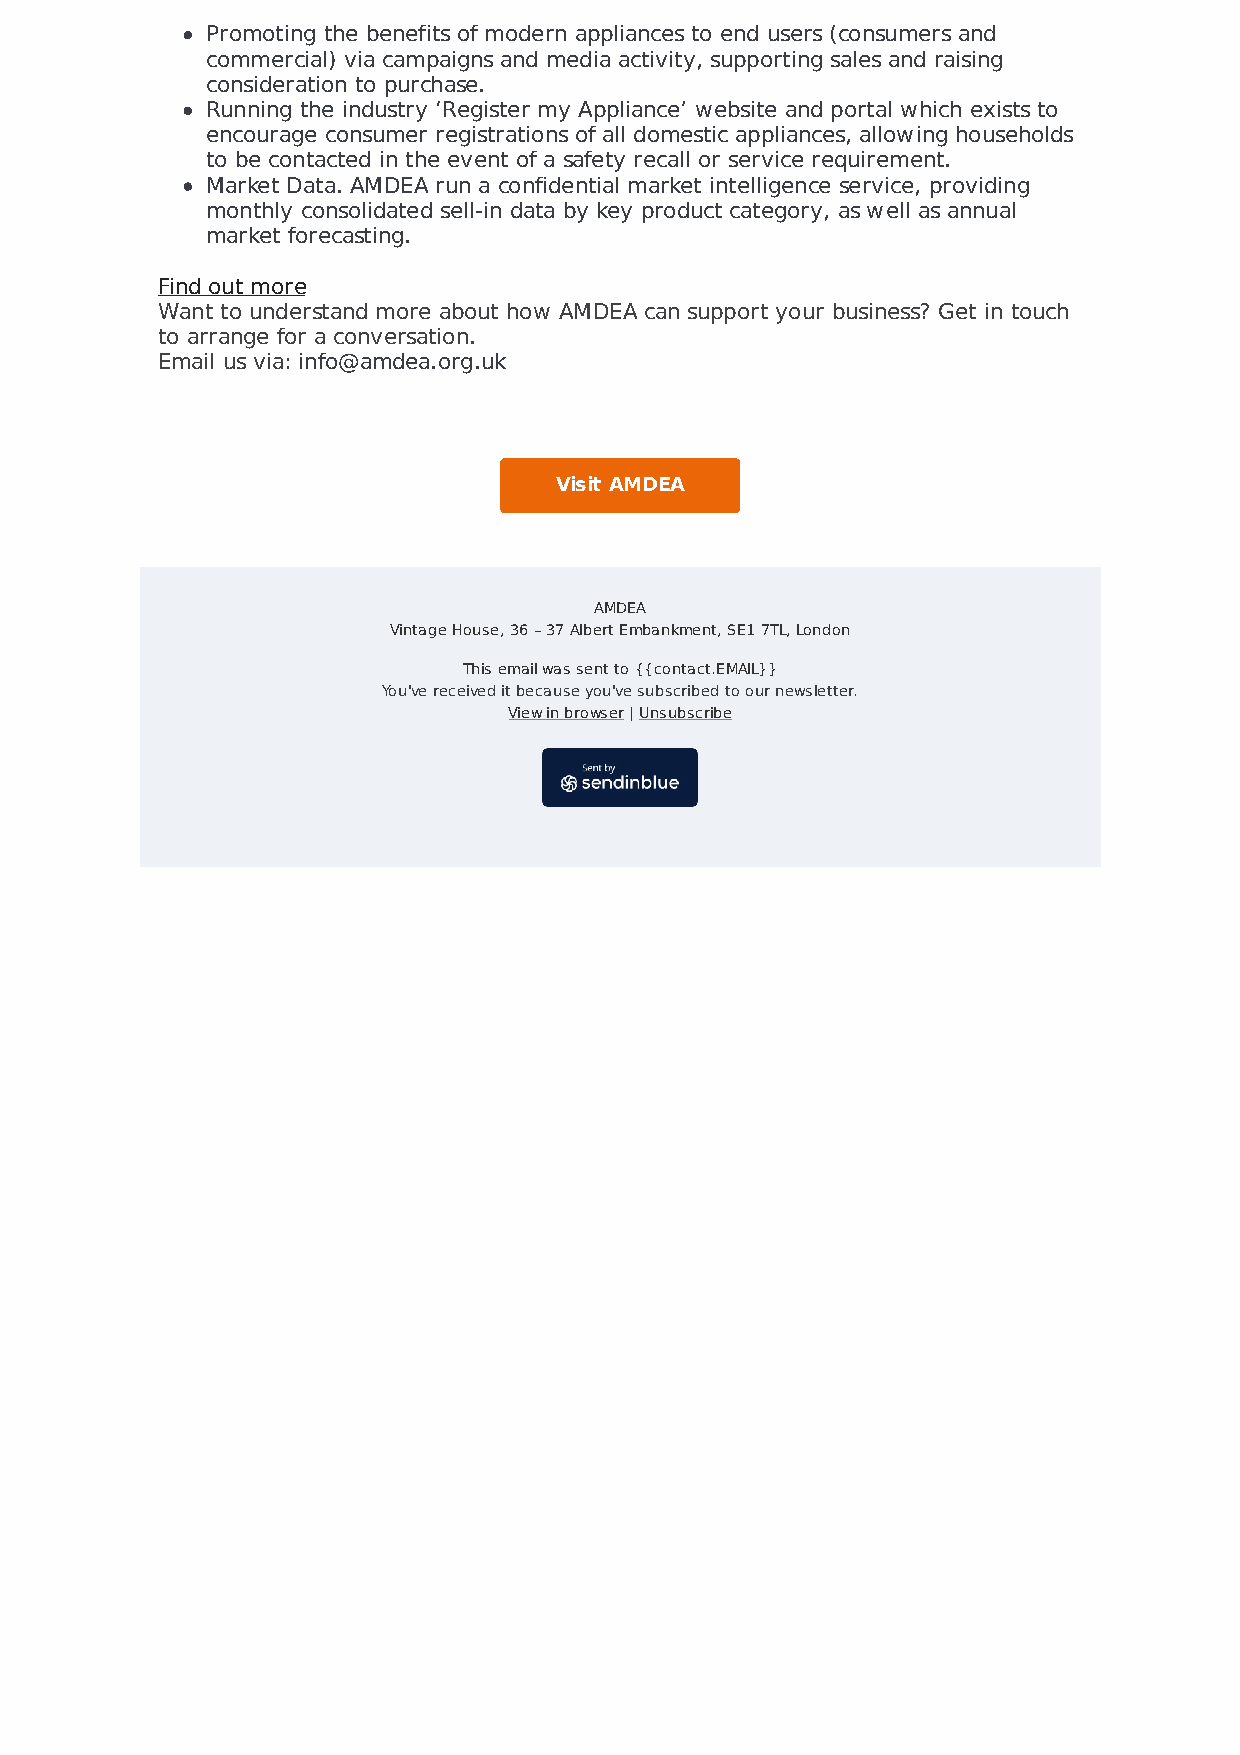
Promoting the benefits of modern appliances to end users (consumers and
 commercial) via campaigns and media activity, supporting sales and raising
 consideration to purchase.
 Running the industry ‘Register my Appliance’ website and portal which exists to
 encourage consumer registrations of all domestic appliances, allowing households
 to be contacted in the event of a safety recall or service requirement.
 Market Data. AMDEA run a confidential market intelligence service, providing
 monthly consolidated sell-in data by key product category, as well as annual
 market forecasting.
 Find out more
 Want to understand more about how AMDEA can support your business? Get in touch
 to arrange for a conversation.
 Email us via: info@amdea.org.uk
 Visit AMDEA
 AMDEA
 Vintage House, 36 – 37 Albert Embankment, SE1 7TL, London
 This email was sent to {{contact.EMAIL}}
 You've received it because you've subscribed to our newsletter.
 View in browser | Unsubscribe